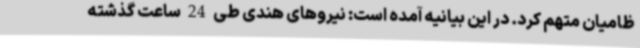
ظامیان متهم کرد. در این بیانیه آمده است: نیروهای هندی طی 24 ساعت گذشته